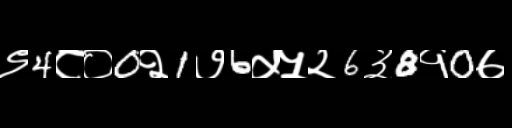
Text: ९4८०0२1७6५५२6३8१0७